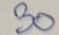
30